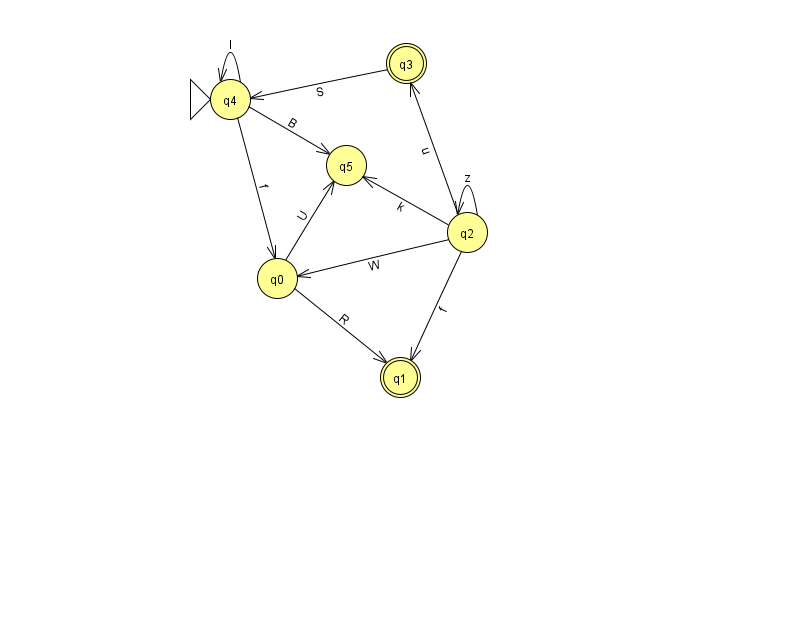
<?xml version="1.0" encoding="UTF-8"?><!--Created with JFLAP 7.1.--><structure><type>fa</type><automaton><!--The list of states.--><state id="0" name="q0"><x>277.0</x><y>265.0</y></state><state id="1" name="q1"><x>400.0</x><y>364.0</y><final/></state><state id="2" name="q2"><x>467.0</x><y>219.0</y></state><state id="3" name="q3"><x>406.0</x><y>50.0</y><final/></state><state id="4" name="q4"><x>230.0</x><y>86.0</y><initial/></state><state id="5" name="q5"><x>346.0</x><y>152.0</y></state><!--The list of transitions.--><transition><from>2</from><to>5</to><read>k</read></transition><transition><from>4</from><to>5</to><read>B</read></transition><transition><from>2</from><to>0</to><read>W</read></transition><transition><from>3</from><to>4</to><read>S</read></transition><transition><from>2</from><to>3</to><read>u</read></transition><transition><from>4</from><to>4</to><read>I</read></transition><transition><from>2</from><to>2</to><read>z</read></transition><transition><from>0</from><to>1</to><read>R</read></transition><transition><from>2</from><to>1</to><read>f</read></transition><transition><from>4</from><to>0</to><read>f</read></transition><transition><from>0</from><to>5</to><read>U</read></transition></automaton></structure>